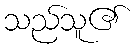
သည်သူ၏